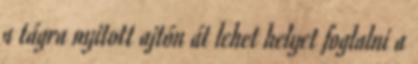
a tágra nyitott ajtón át lehet helyet foglalni a